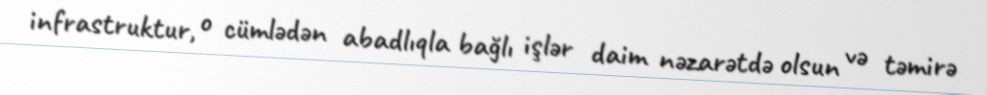
infrastruktur, o cümlədən abadlıqla bağlı işlər daim nəzarətdə olsun və təmirə